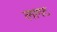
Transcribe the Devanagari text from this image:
लागट